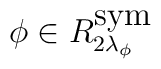
\phi \in R_{2\lambda _{\phi }}^{\textrm{sym}}